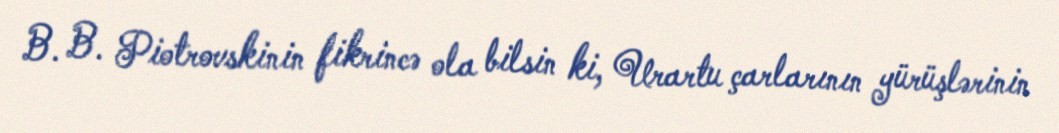
B. B. Piotrovskinin fikrincə ola bilsin ki, Urartu çarlarının yürüşlərinin